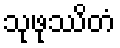
သုဖုဿိတံ